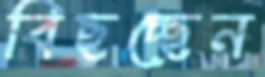
বিছচ্ছেন